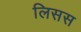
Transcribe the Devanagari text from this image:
लिसस